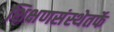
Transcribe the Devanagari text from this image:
शिक्षणसंस्थेतर्फे